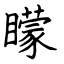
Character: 矇